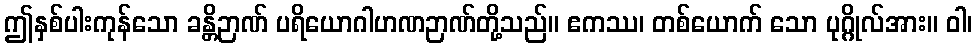
ဤနှစ်ပါးကုန်သော ခန္တိဉာဏ် ပရိယောဂါဟဏဉာဏ်တို့သည်။ ဧကဿ၊ တစ်ယောက် သော ပုဂ္ဂိုလ်အား။ ဝါ၊